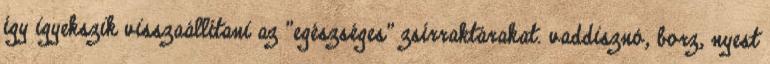
így igyekszik visszaállítani az "egészséges" zsírraktárakat. vaddisznó, borz, nyest